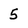
Character: 5